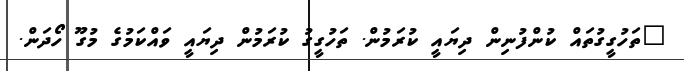
"ތަހުގީގުތައް ކުންފުނިން ދިޔައީ ކުރަމުން. ތަހުގީގު ކުރަމުން ދިޔައީ ވައްކަމުގެ މުގޫ ހޯދަން.